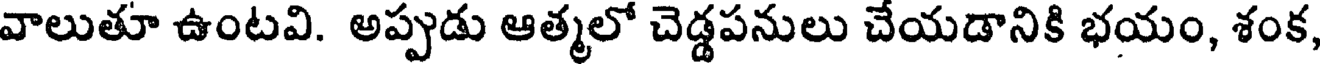
వాలుతూ ఉంటవి. అప్పుడు ఆత్మలో చెడ్డపనులు చేయడానికి భయం, శంక,